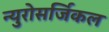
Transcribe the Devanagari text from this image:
न्युरोसर्जिकल